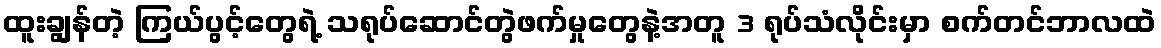
ထူးချွန်တဲ့ ကြယ်ပွင့်တွေရဲ့ သရုပ်ဆောင်တွဲဖက်မှုတွေနဲ့အတူ 3 ရုပ်သံလိုင်းမှာ စက်တင်ဘာလထဲ